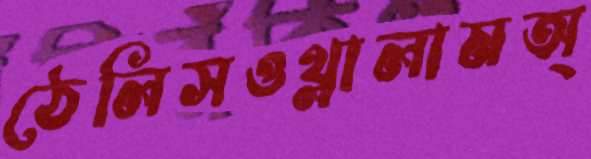
ঠেলিসওথ্‌লালামঅ্